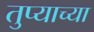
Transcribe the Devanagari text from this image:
तुप्याच्या